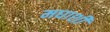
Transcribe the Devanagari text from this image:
मघाशी